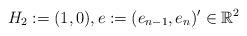
LaTeX: \begin{align*}H_{2}:=(1,0),e:=(e_{n-1},e_{n})'\in {\mathbb R}^{2} \end{align*}